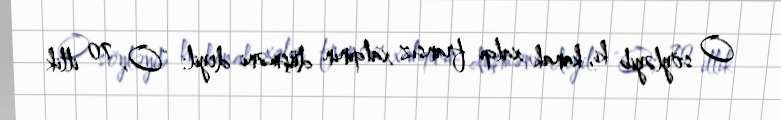
O söyləyib ki, kanak xalqı fransız xalqının düşməni deyil: "O, 70 illik